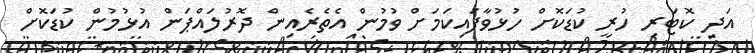
އަދި ކޮޓަރި ހުރީ ކުޑަކޮށް ހުޅުވާފައިކަމަށް ވުމުން އެތެރެއިން ދޮރުލައްޕަން އުޅުމުން ކުޑަކޮށް